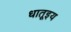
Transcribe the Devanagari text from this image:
धातूइय